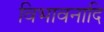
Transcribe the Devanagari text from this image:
विभावनादि